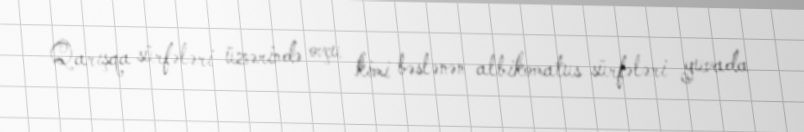
Qarışqa sürfələri üzərində ovçu kimi bəslənən albikomatus sürfələri yuvada